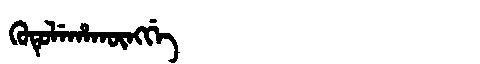
Manchu: ᡴᡠᡨᡠᠯᡝᡥᠠᡴᡡᠩᡤᡝ
Romanization: KUTULEHAKŪNGGE